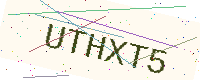
Text: UTHXT5